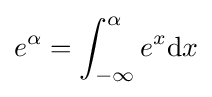
e^{\alpha }=\int _{-\infty }^{\alpha }e^{x}\mathrm {d} x